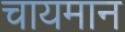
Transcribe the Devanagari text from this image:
चायमान